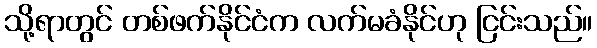
သို့ရာတွင် တစ်ဖက်နိုင်ငံက လက်မခံနိုင်ဟု ငြင်းသည်။